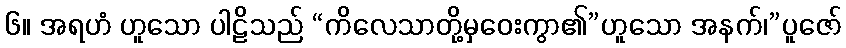
၆။ အရဟံ ဟူသော ပါဠိသည် “ကိလေသာတို့မှဝေးကွာ၏”ဟူသော အနက်၊”ပူဇော်